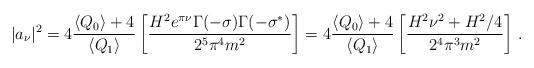
LaTeX: \begin{align*}\vert a_{\nu}\vert^{2}=4\frac{\langle Q_0 \rangle+4 }{\langle Q_1\rangle}\left[ \frac{H^2 e^{\pi\nu}\Gamma(-\sigma)\Gamma(-\sigma^{*})}{2^5\pi^4m^2}\right]=4\frac{\langle Q_0\rangle+4 }{\langle Q_1 \rangle}\left[\frac{H^2\nu^{2}+H^{2}/4}{2^4\pi^3m^2}\right]\,.\end{align*}